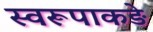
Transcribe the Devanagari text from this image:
स्वरूपाकड़े